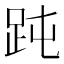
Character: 𧿬